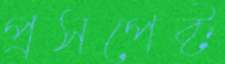
প্রসপেক্ট